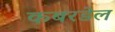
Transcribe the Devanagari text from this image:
कबरडेल